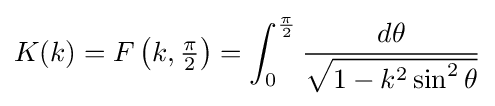
K(k)=F\left(k,\textstyle {\frac {\pi }{2}}\right)=\int _{0}^{\frac {\pi }{2}}{\frac {d\theta }{\sqrt {1-k^{2}\sin ^{2}\theta }}}